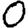
Digit: 0